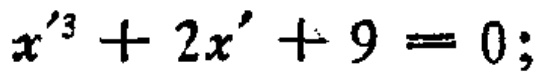
\(x'^{3}+2x'+9 = 0;\)